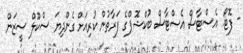
- ފޮޓޯ: އެސްޓާސް އެސްޓާސް ބުކްޝޮޕްގެ ފަރާތުން ކުރިއަށް ގެންދިޔަ ސްކޫލް ސީޒަން